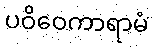
ပဝိဝေကာရာမံ